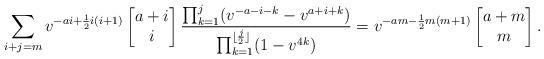
LaTeX: \begin{align*}\sum_{i+j=m} v^{-ai +\frac12 i(i+1)}\begin{bmatrix}a + i\\ i\end{bmatrix}\frac{\prod_{k=1}^j (v^{-a-i-k} -v^{a+i+k})}{\prod_{k=1}^{\lfloor \frac{j}2\rfloor} (1 -v^{4k})}=v^{-am -\frac12 m(m+1)} \begin{bmatrix}a + m\\ m\end{bmatrix}.\end{align*}